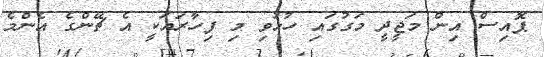
ޕޮއިސް އިން މަޖީދީ މަގުގައި ހުޅުވި މި ފިހާރައަކީ އެ ޗޭންގެ އެންމެ